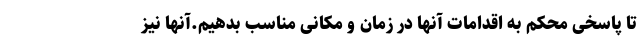
تا پاسخی محکم به اقدامات آنها در زمان و مکانی مناسب بدهیم.آنها نیز